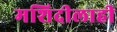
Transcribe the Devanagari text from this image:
मशिदीलाही